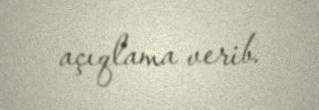
açıqlama verib.